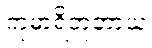
ကုမာရိဘူတာယ